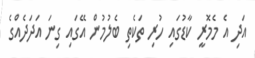
އަދި އެ މެމޮރީ ކާޑުގައި ހުރި ތަކެތި ބެލުމުން އޭގައި ގިނަ އަދަދެއްގެ